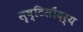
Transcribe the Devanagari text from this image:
सॄष्टिसौंदर्य